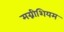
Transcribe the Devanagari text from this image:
मग्नीशियम